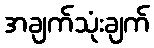
အချက်သုံးချက်